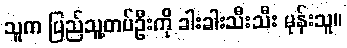
သူက ပြည်သူ့တပ်ဦးကို ခါးခါးသီးသီး မုန်းသူ။